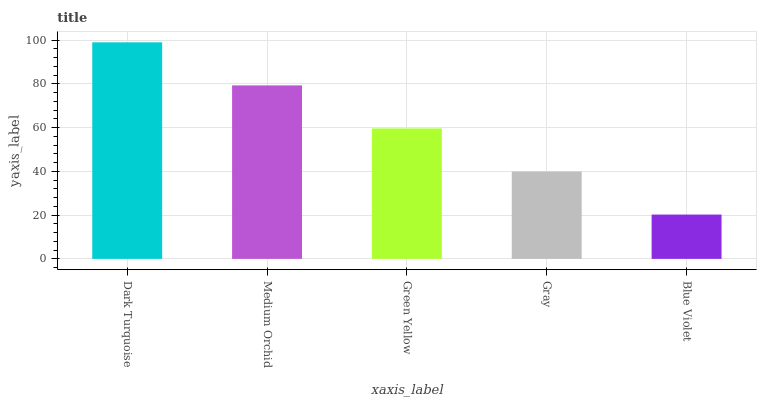
| xaxis_label | bars |
 | --- | --- |
 | Dark Turquoise | 99 |
 | Medium Orchid | 79.3 |
 | Green Yellow | 59.6 |
 | Gray | 39.9 |
 | Blue Violet | 20.3 |